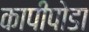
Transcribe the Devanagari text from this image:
कापीपोडा